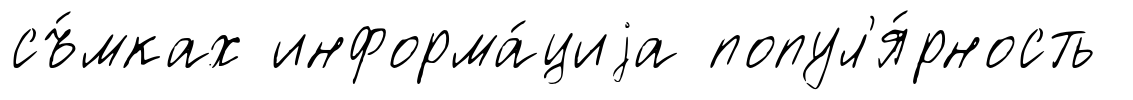
съ́мках информа́циjа попул'я́рность